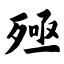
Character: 殛